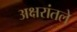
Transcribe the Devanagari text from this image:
अक्षरांतले